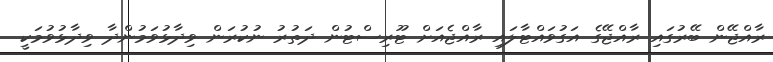
ރާއްޖޭން ބޭރުގައި ރާއްޖޭގެ އަގުވައްޓާލައި ރާއްޖެއަށް ޓޫރިސްޓުން ދަތުރު ނުކުރަން ވިދާޅުވަމުންދާ ވިދާޅުވުމަކީ